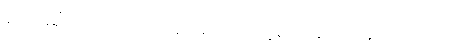
ရောမရှိ ၂၀၁၈/၁၉ အာမက်က သူမှတဆင့် ဝန်းကျင်သာ